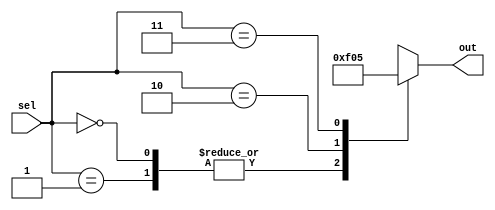
module don_care_case (
    input wire [1:0] sel,
    output reg [3:0] out
);

always @(*) begin
    case(sel)
        2'b00, 2'b01: out = 4'b1111; // Don't care cases
        2'b10: out = 4'b0000; // Specific case
        2'b11: out = 4'b0101; // Specific case
    endcase
end

endmodule